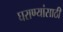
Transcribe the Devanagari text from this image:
घराण्यांसाठी